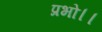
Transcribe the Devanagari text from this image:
प्रभो।।